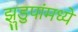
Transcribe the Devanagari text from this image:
झुडुपांमध्ये